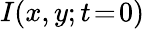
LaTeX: I(x,y;t\! =\! 0)